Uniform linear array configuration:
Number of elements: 8
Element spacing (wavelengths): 0.75
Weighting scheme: hann
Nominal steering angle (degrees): -15
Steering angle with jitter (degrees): -13.992
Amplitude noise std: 0.05
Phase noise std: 0.05

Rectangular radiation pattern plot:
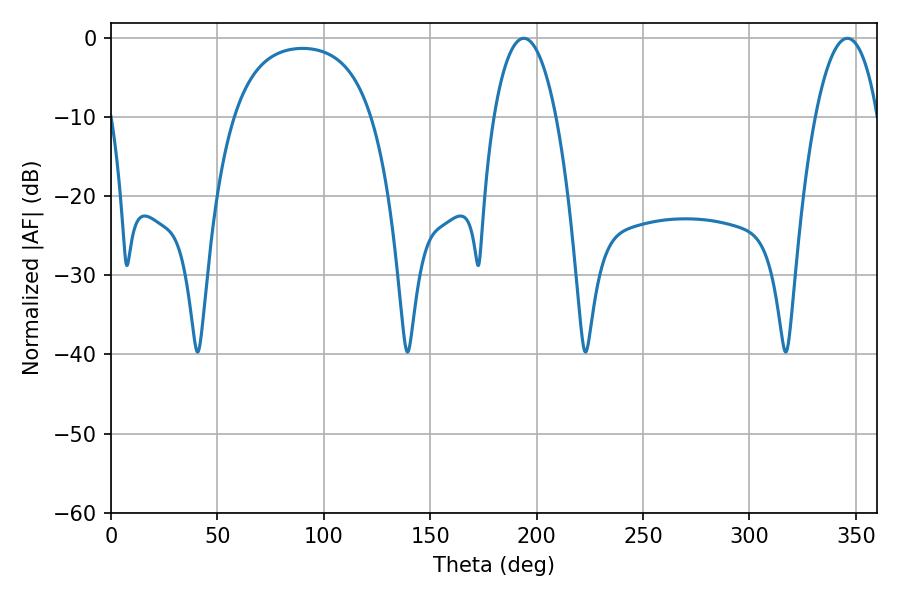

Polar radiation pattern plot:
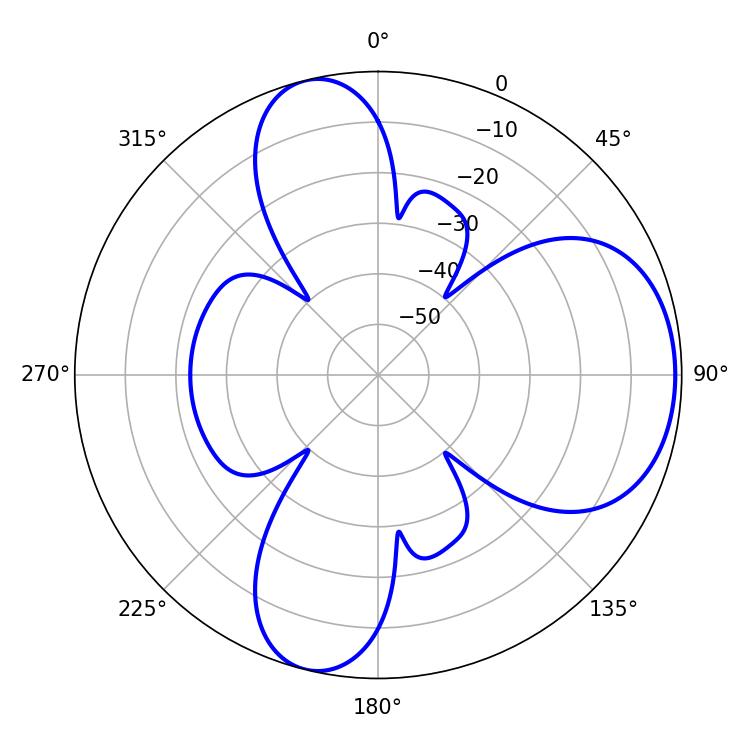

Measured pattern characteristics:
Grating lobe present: TRUE
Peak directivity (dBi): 7.009
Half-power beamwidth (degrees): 16.38
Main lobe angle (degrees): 194.04